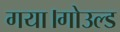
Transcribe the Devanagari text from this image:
गया।गोउल्‍ड